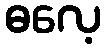
ဓလေ့